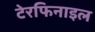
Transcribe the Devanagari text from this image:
टेरफिनाइल